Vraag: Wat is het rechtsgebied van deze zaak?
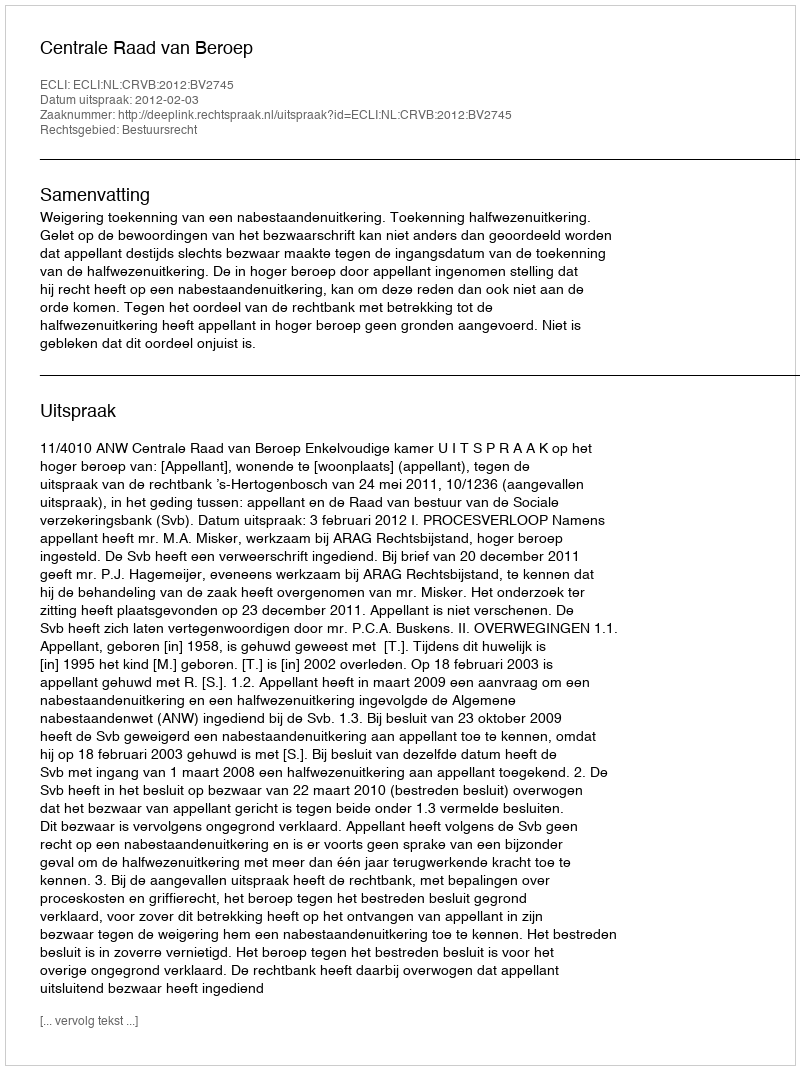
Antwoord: Bestuursrecht